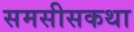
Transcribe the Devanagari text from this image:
समसीसकथा